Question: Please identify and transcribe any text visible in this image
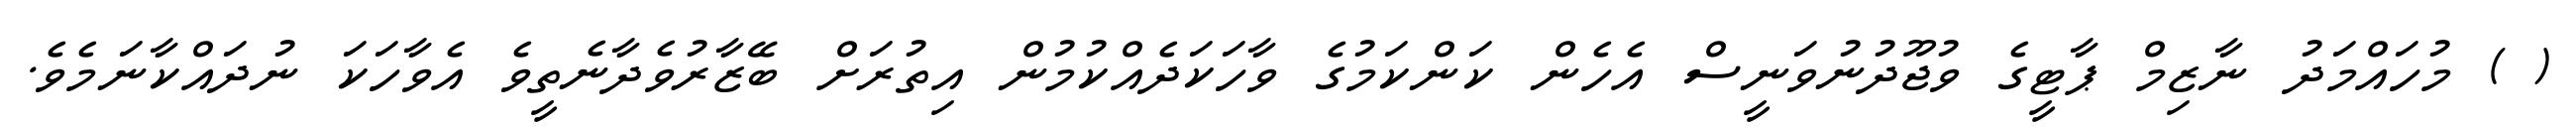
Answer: ( ) މުހައްމަދު ނާޒިމް ޕާޓީގެ ވުޖޫދުނުވަނީސް އެހެން ކަންކަމުގެ ވާހަކަދެއްކުމުން އިތުރަށް ބޭޒާރުވެދާނެތީވެ އެވާހަކަ ނުދައްކާނަމެވެ.